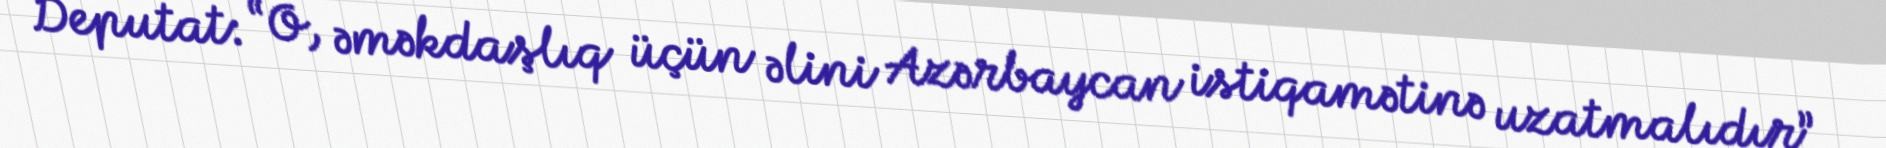
Deputat: “O, əməkdaşlıq üçün əlini Azərbaycan istiqamətinə uzatmalıdır”